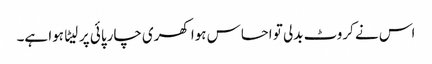
اس نے کروٹ بدلی تو احساس ہوا کھری چارپائی پر لیٹا ہوا ہے۔